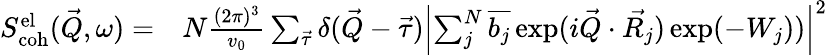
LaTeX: \begin{array}{rl}{S_{\mathrm{coh}}^{\mathrm{el}}(\vec{Q},\omega)=}&{{}N\frac{(2\pi)^{3}}{v_{0}}\sum_{\vec{\tau}}\delta(\vec{Q}-\vec{\tau})\left|\sum_{j}^{N}\overline{{b_{j}}}\exp(i\vec{Q}\cdot\vec{R_{j}})\exp(-W_{j}))\right|^{2}}\end{array}